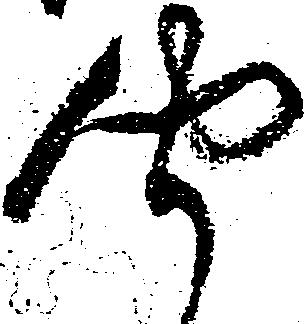
聞